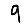
Digit: 9